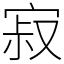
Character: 寂